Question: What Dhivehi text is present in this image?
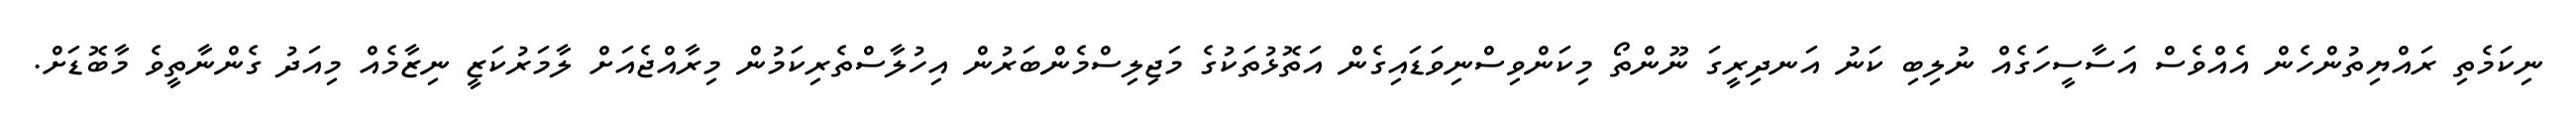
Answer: ނިކަމެތި ރައްޔިތުންހެން އެއްވެސް އަސާސީހަގެއް ނުލިބި ކަނު އަނދިރީގަ ނޫންތޯ މިކަންވިސްނިވަޑައިގެން އަތޮޅުތަކުގެ މަޖިލިސްމެންބަރުން އިހުލާސްތެރިކަމުން މިރާއްޖެއަށް ލާމަރުކަޒީ ނިޒާމެއް މިއަދު ގެންނާތީވެ މާބޮޑަށް.